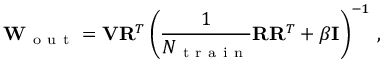
\mathbf { W } _ { \mathrm { ~ o ~ u ~ t ~ } } = \mathbf { V } \mathbf { R } ^ { T } \left( \frac { 1 } { N _ { \mathrm { ~ t ~ r ~ a ~ i ~ n ~ } } } \mathbf { R } \mathbf { R } ^ { T } + \beta \mathbf { I } \right) ^ { - 1 } \, ,